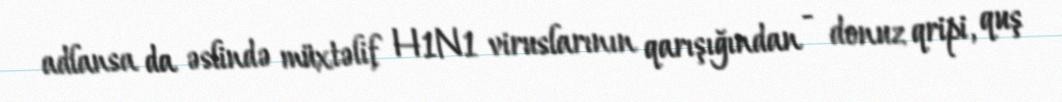
adlansa da əslində müxtəlif H1N1 viruslarının qarışığından - donuz qripi, quş